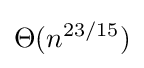
\Theta (n^{23/15})